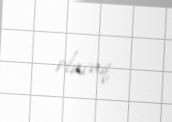
olacaq.